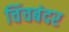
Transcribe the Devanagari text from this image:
चिंचबंदर